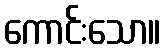
ကောင်းသော။